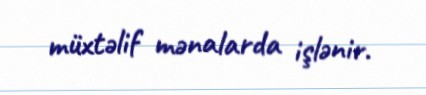
müxtəlif mənalarda işlənir.